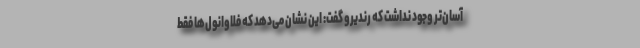
آسان‌تر وجود نداشت که رندیرو گفت: این نشان می‌دهد که فلاوانول‌ها فقط